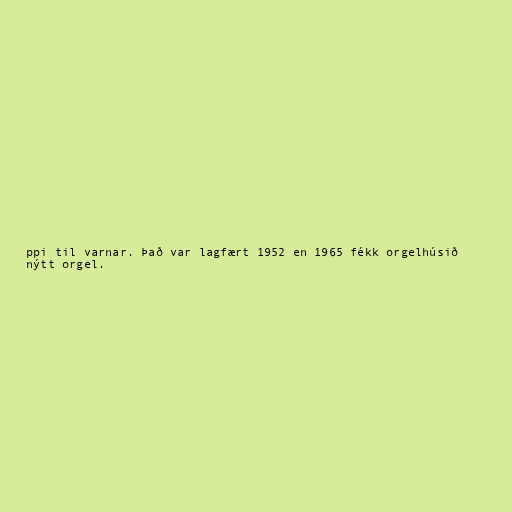
ppi til varnar. Það var lagfært 1952 en 1965 fékk orgelhúsið
nýtt orgel.